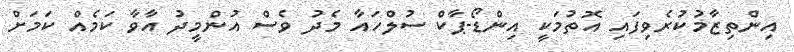
އިންތިޒާމުކުރެވިފައި އޮތުމަކީ އިންޑޯ-ޕާކް ސުލްހައާ މެދު ވެސް އުންމީދު އާވާ ކަމެއް ކަމަށް